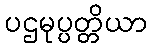
ပဌမုပ္ပတ္တိယာ